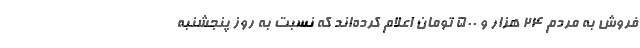
فروش به مردم ۲۴ هزار و ۵۰۰ تومان اعلام کرده‌اند که نسبت به روز پنجشنبه